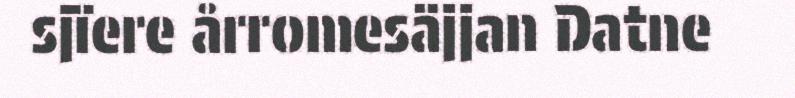
sjïere årromesäjjan Datne